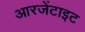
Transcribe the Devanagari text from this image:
आरजेंटाइट